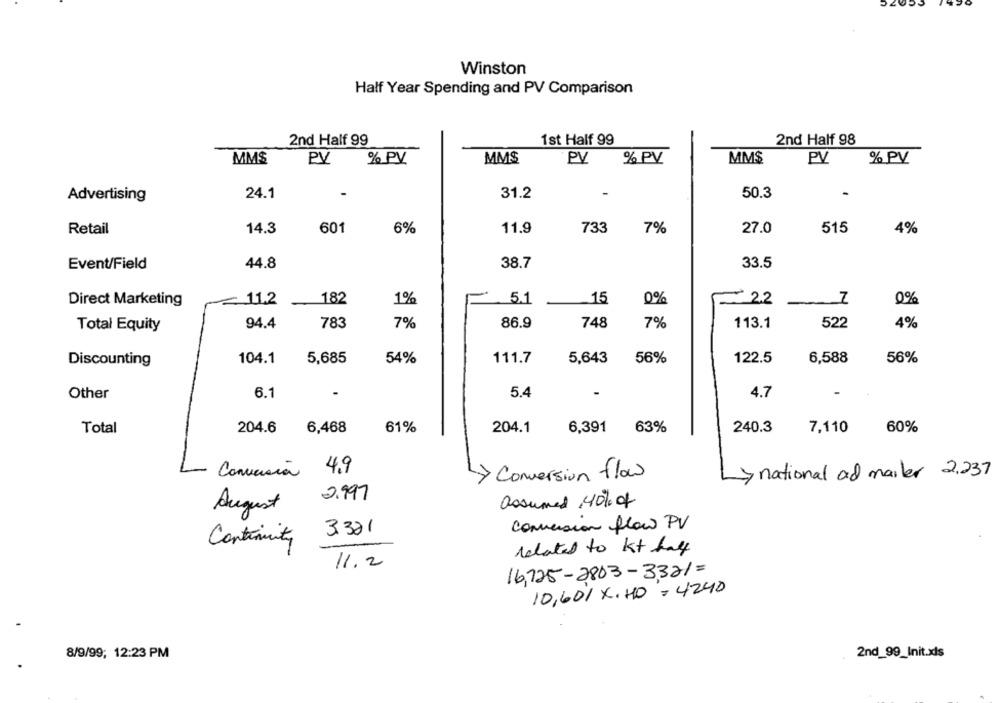
Winston
Half Year Spending and PV Comparison
2nd Half 99
1st Half 99
2nd Half 98
MM$
PV
% PV
MM$
PV
% PV
MM$
PV
% PV
Advertising
24.1
31.2
-
50.3
-
Retail
14.3
601
6%
11.9
733
7%
27.0
515
4%
Event/Field
44.8
38.7
33.5
Direct Marketing
~ 11.2
182
1%
5.1
15
0%
2.2
0%
94.4
783
7%
86.9
748
7%
522
4%
Total Equity
113.1
104.1
54%
111.7
56%
122.5
56%
Discounting
5,685
5,643
6,588
Other
6.1
5.4
4.7
204.6
6,468
61%
204.1
6,391
63%
240.3
7,110
60%
Total
Convasca 4,9
Conversion flow
national and mailer 2.237
2.997
assumed 140% of
August
conversion flow PV
3.321
Continuity
related to Kt haf
11.2
16.725-2803-3321=
10,60/ X. HO = 4240
2nd_99_Init.xls
8/9/99; 12:23 PM